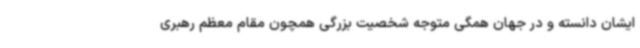
ایشان دانسته و در جهان همگی متوجه شخصیت بزرگی همچون مقام معظم رهبری